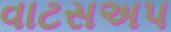
વાટસઅપ